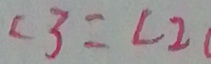
\angle 3 = \angle 2